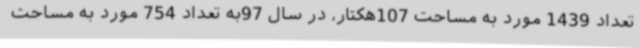
تعداد 1439 مورد به مساحت 107هکتار، در سال 97به تعداد 754 مورد به مساحت